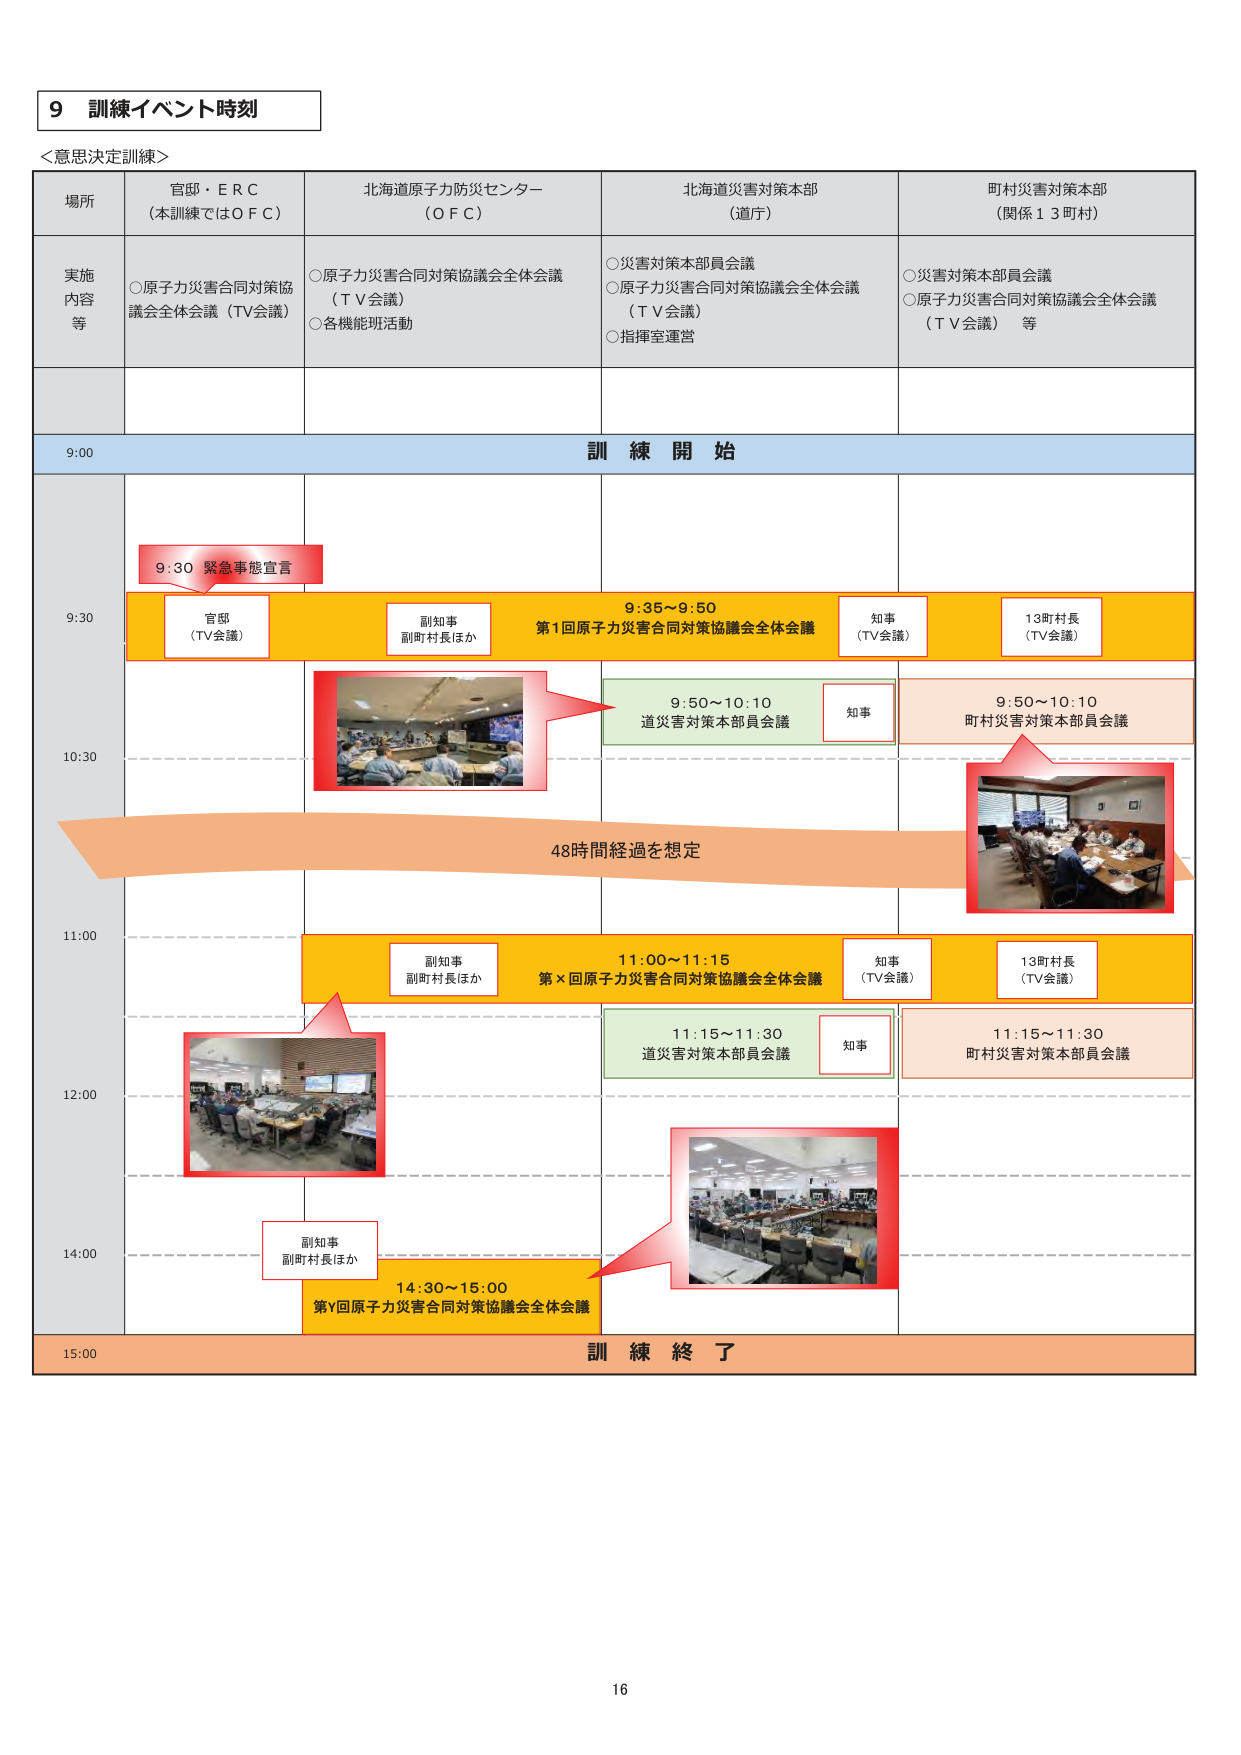
9 訓練イベント時刻
＜意思決定訓練＞

場所
官邸・ＥＲＣ
（本訓練ではＯＦＣ）
北海道原子力防災センター
（ＯＦＣ）
北海道災害対策本部
（道庁）
町村災害対策本部
（関係１３町村）

実施内容等
○原子力災害合同対策協議会全体会議（ＴＶ会議）
○原子力災害合同対策協議会全体会議（ＴＶ会議）
○各機能班活動
○災害対策本部員会議
○原子力災害合同対策協議会全体会議（ＴＶ会議）
○指揮室運営
○災害対策本部員会議
○原子力災害合同対策協議会全体会議（ＴＶ会議） 等

9:00 訓練開始

9:30
9:30 緊急事態宣言
官邸（ＴＶ会議）
副知事 副町村長ほか
9:35～9:50 第1回原子力災害合同対策協議会全体会議
知事（ＴＶ会議）
13町村長（ＴＶ会議）

10:30
9:50～10:10 道災害対策本部員会議
知事
9:50～10:10 町村災害対策本部員会議

48時間経過を想定

11:00
副知事 副町村長ほか
11:00～11:15 第×回原子力災害合同対策協議会全体会議
知事（ＴＶ会議）
13町村長（ＴＶ会議）

12:00
11:15～11:30 道災害対策本部員会議
知事
11:15～11:30 町村災害対策本部員会議

14:00
副知事 副町村長ほか
14:30～15:00 第Y回原子力災害合同対策協議会全体会議

15:00 訓練終了

16